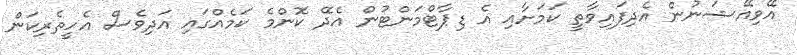
އޭވިއޭޝަނުން އެދިފައިވާތީ ކަމަށާއި އެ ޑިޕާޓްމަންޓުން އެދޭ ކޮންމެ ކަމެއްގައި އަދިވެސް އެހީތެރިކަން